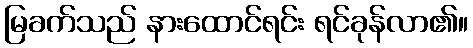
မြခက်သည် နားထောင်ရင်း ရင်ခုန်လာ၏။